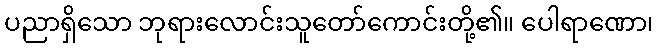
ပညာရှိသော ဘုရားလောင်းသူတော်ကောင်းတို့၏။ ပေါရာဏော၊